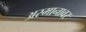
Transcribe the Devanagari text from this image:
अस्मानावर